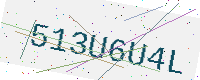
Text: 513U6U4L